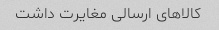
کالاهای ارسالی مغایرت داشت